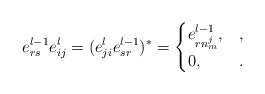
\begin{align*} e_{rs}^{l-1}e_{ij}^l = (e_{ji}^le_{sr}^{l-1})^* = \begin{cases} e_{rn_m^j}^{l-1}, &,\\ 0, &. \end{cases}\end{align*}